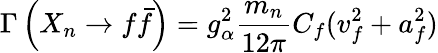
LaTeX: \Gamma\left(X_{n}\rightarrow f\bar{f}\right)=g_{\alpha}^{2}\frac{m_{n}}{12\pi}C_{f}(v_{f}^{2}+a_{f}^{2})